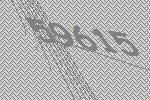
59615